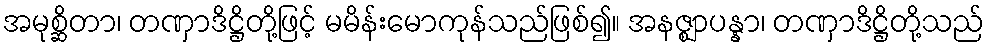
အမုစ္ဆိတာ၊ တဏှာဒိဋ္ဌိတို့ဖြင့် မမိန်းမောကုန်သည်ဖြစ်၍။ အနဇ္ဈာပန္နာ၊ တဏှာဒိဋ္ဌိတို့သည်